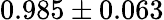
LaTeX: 0.985\pm 0.063